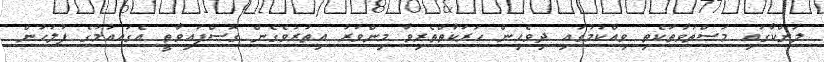
ލަންކާގައި މަސްތުވާތަކެތި ވިއްކުމުގައި ދިވެހިން ހަރަކާތްތެރިވާ މިންވަރު އިތުރުވެގެން ގޮސްފައިވާތީ އެގައއުމުގެ ފުލުހުން